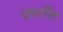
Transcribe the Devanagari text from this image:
उपराँत